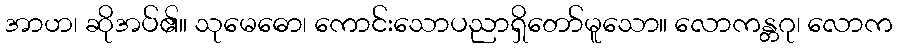
အာဟ၊ ဆိုအပ်၏။ သုမေဓော၊ ကောင်းသောပညာရှိတော်မူသော။ လောကန္တဂု၊ လောက